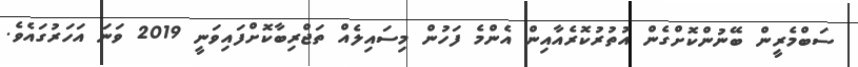
ސަބްމެރީން ބޭނުންކޮށްގެން އުތުރުކޮރެއާއިން އެންމެ ފަހުން މިސައިލެއް ތަޖްރިބާކޮށްފައިވަނީ 2019 ވަނަ އަހަރުގައެވެ.